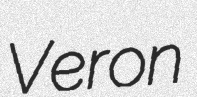
Veron